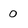
Character: 0